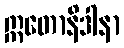
ဣတောနိဒါနာ